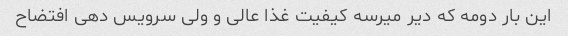
این بار دومه که دیر میرسه کیفیت غذا عالی و ولی سرویس دهی افتضاح